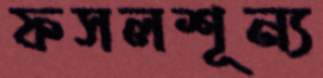
ফসলশূন্য